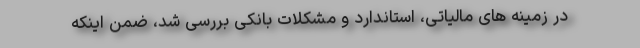
در زمینه های مالیاتی، استاندارد و مشکلات بانکی بررسی شد، ضمن اینکه